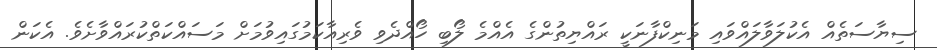
ސިޔާސަތެއް އެކުލަވާލައްވައި މަނިކްފާނަކީ ރައްޔިތުންގެ އެއްމެ ލޯބި ހޯއްދެވި ވެރިއާކަމުގައިވުމަށް މަސައްކަތްކުރައްވާށެވެ. އެކަން